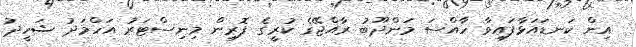
އިން ކަނޑައަޅާފައިވާ ހާއްސަ މަންދޫބު ރާއްޖޭގެ ކުރީގެ ފޮރިން މިނިސްޓަރު އަހްމަދު ޝަހީދު